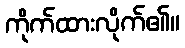
ကိုက်ထားလိုက်၏။